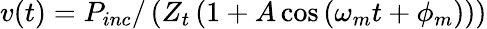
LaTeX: v(t)=P_{inc}/\left(Z_{t}\left(1+A\cos\left(\omega_{m}t+\phi_{m}\right)\right)\right)